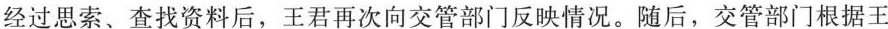
经过思索、查找资料后，王君再次向交管部门反映情况。随后，交管部门根据王